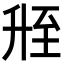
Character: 𬛲